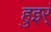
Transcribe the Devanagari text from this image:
हुइर्ं